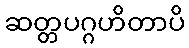
ဆတ္တပဂ္ဂဟိတာပိ